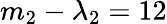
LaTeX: m_{2}-\lambda_{2}=12